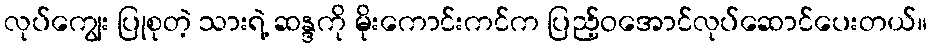
လုပ်ကျွေး ပြုစုတဲ့ သားရဲ့ ဆန္ဒကို မိုးကောင်းကင်က ပြည့်ဝအောင်လုပ်ဆောင်ပေးတယ်။